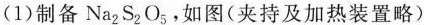
(1)制备Na_{2}S_{2}O_{5}，如图(夹持及加热装置略)